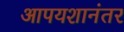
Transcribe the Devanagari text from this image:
आपयशानंतर